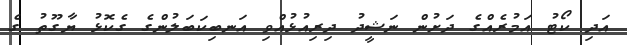
އަދި ކޯޓު އަމުރެއްގެ ދަށުން ނަޝީދު ދިރިއުޅުއްވި އަނބިކަބަލުންގެ ގެކޮޅު ޔާގޫތު ގެ